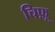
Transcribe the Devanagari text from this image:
चिफ़ू